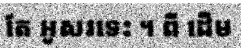
តែ អូសរទេះ ។ ពី ដើម